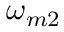
\omega _ { m 2 }